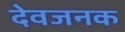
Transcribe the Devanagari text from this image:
देवजनक